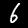
Label: 6